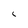
Character: C